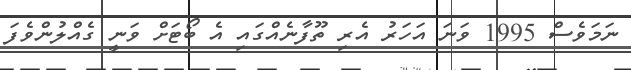
ނަމަވެސް 1995 ވަނަ އަހަރު އެރި ތޫފާނެއްގައި އެ ބޯޓަށް ވަނީ ގެއްލުންވެފަ